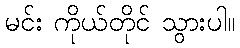
မင်း ကိုယ်တိုင် သွားပါ။